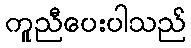
ကူညီပေးပါသည်